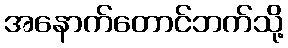
အနောက်တောင်ဘက်သို့